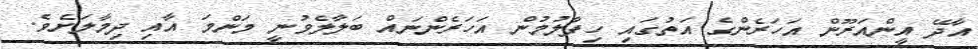
އާދޭ އީންއަރޫން އަހަރެންގެ އަތުގައި ހިފާލުމުން އަހަރެންނައް ބަލާލެވުނީ މަންމަ އާއި ދިމާލަށެވެ.